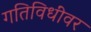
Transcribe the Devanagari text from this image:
गतिविधींवर